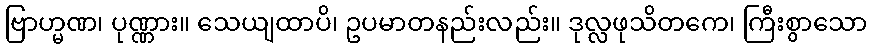
ဗြာဟ္မဏ၊ ပုဏ္ဏား။ သေယျထာပိ၊ ဥပမာတနည်းလည်း။ ဒုလ္လဖုသိတကေ၊ ကြီးစွာသော